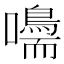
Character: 𡄠